Vaccination in Bombay 1902-1912 - 1902-1912
Year: 1902
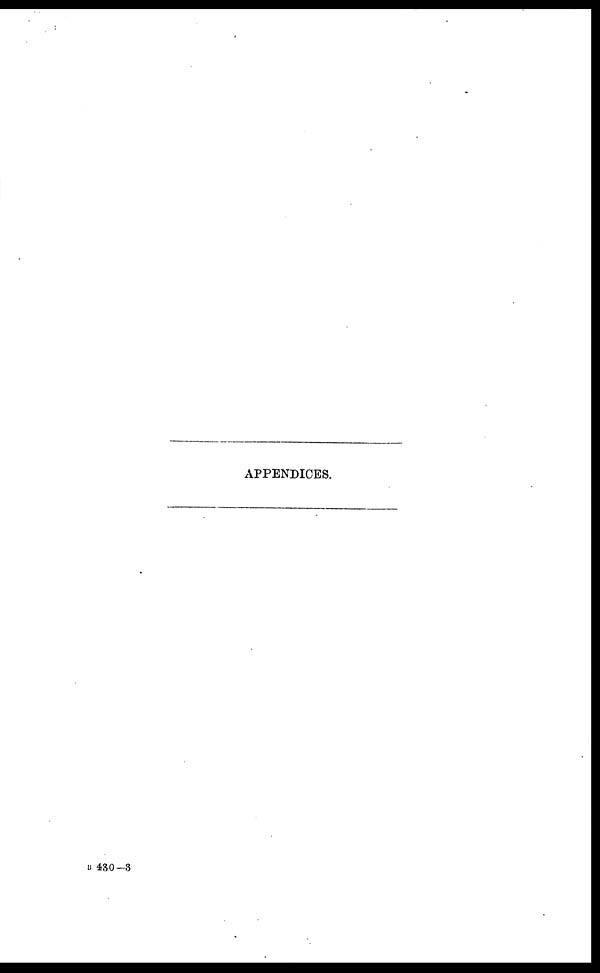
APPENDICES.
B 430—3